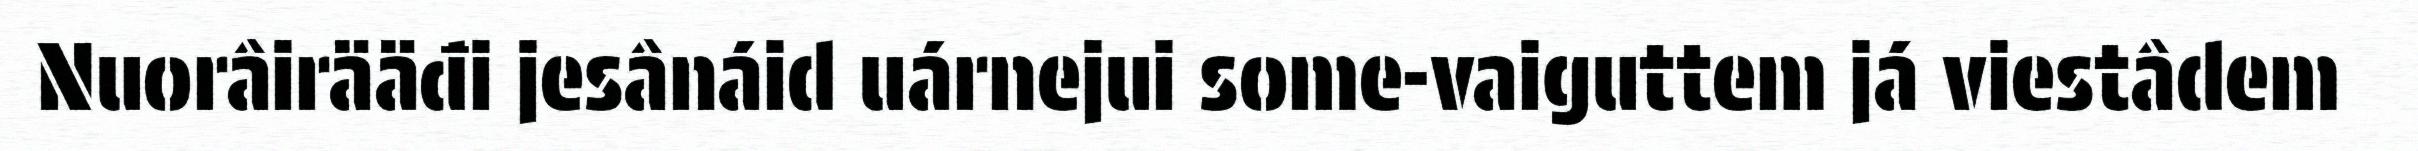
Nuorâirääđi jesânáid uárnejui some-vaiguttem já viestâdem